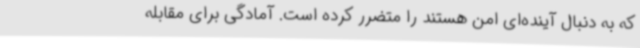
که به دنبال آینده‌ای امن هستند را متضرر کرده است. آمادگی برای مقابله